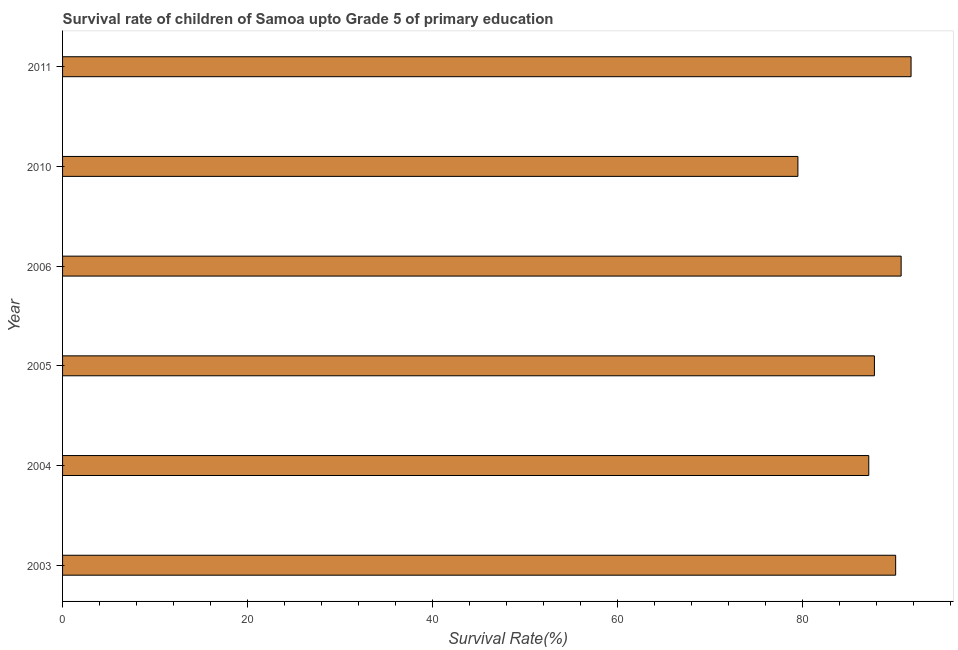
| Year | Survival rate |
 | --- | --- |
 | 2003 | 90.1 |
 | 2004 | 87.2 |
 | 2005 | 87.8 |
 | 2006 | 90.7 |
 | 2010 | 79.5 |
 | 2011 | 91.7 |